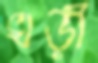
খড়ী